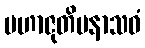
မဟာဇုတိမနာသဝံ